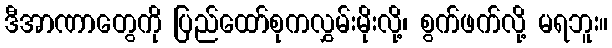
ဒီအာဏာတွေကို ပြည်ထော်စုကလွှမ်းမိုးလို့၊ စွက်ဖက်လို့ မရဘူး။